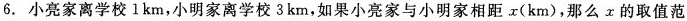
6. 小亮家离学校 1 km，小明家离学校 3 km，如果小亮家与小明家相距 x(km)，那么 x 的取值范